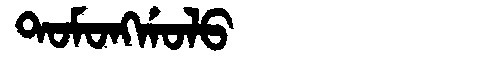
Manchu: ᡨᠣᠮᠣᠩᡤᠣᠯᠣ
Romanization: TOMONGGOLO